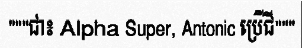
"""ជា៖ Alpha Super, Antonic ប្រើជី"""